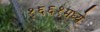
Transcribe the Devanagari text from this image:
१६६१मध्ये